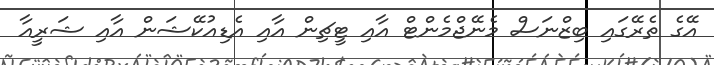
އޭގެ ތެރޭގައި ބިޒްނަސް މެނޭޖްމެންޓް އާއި ޓީޗިން އާއި އެޑިއުކޭޝަން އާއި ޝަރީއާ